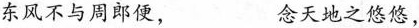
东风不与周郎便， 念天地之悠悠，